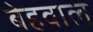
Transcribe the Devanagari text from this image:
बेहवाल